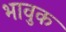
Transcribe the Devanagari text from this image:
भावुक